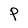
Character: P